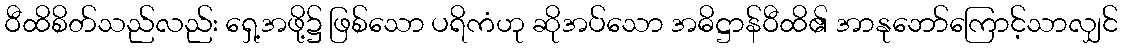
ဝီထိစိတ်သည်လည်း ရှေ့အဖို့၌ ဖြစ်သော ပရိကံဟု ဆိုအပ်သော အဓိဋ္ဌာန်ဝီထိ၏ အာနုဘော်ကြောင့်သာလျှင်